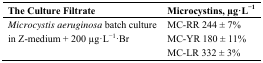
| The Culture Filtrate | Microcystins, μg·L−1 |
 | --- | --- |
 | Microcystis aeruginosa batch culture | MC-RR 244 ± 7% |
 | in Z-medium + 200 μg·L−1·Br | MC-YR 180 ± 11% |
 |  | MC-LR 332 ± 3% |